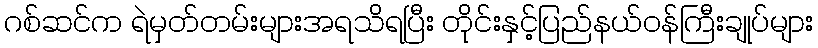
ဂစ်ဆင်က ရဲမှတ်တမ်းများအရသိရပြီး တိုင်းနှင့်ပြည်နယ်ဝန်ကြီးချုပ်များ